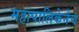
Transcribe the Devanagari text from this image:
महापालिकेनेच